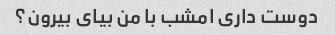
دوست داری امشب با من بیای بیرون؟